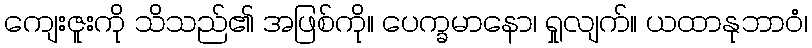
ကျေးဇူးကို သိသည်၏ အဖြစ်ကို။ ပေက္ခမာနော၊ ရှုလျက်။ ယထာနုဘာဝံ၊